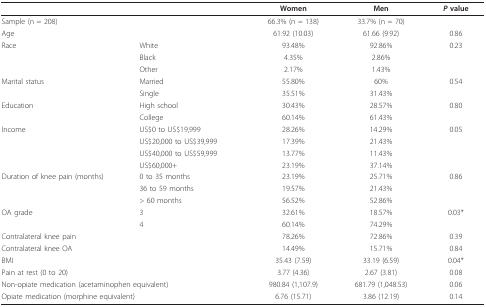
<table><thead><tr><td></td><td></td><td><b>Women</b></td><td><b>Men</b></td><td><b><i>P </i>value</b></td></tr></thead><tbody><tr><td colspan="2">Sample (n = 208)</td><td>66.3% (n = 138)</td><td>33.7% (n = 70)</td><td></td></tr><tr><td colspan="2">Age</td><td>61.92 (10.03)</td><td>61.66 (9.92)</td><td>0.86</td></tr><tr><td>Race</td><td>White</td><td>93.48%</td><td>92.86%</td><td>0.23</td></tr><tr><td></td><td>Black</td><td>4.35%</td><td>2.86%</td><td></td></tr><tr><td></td><td>Other</td><td>2.17%</td><td>1.43%</td><td></td></tr><tr><td>Marital status</td><td>Married</td><td>55.80%</td><td>60%</td><td>0.54</td></tr><tr><td></td><td>Single</td><td>35.51%</td><td>31.43%</td><td></td></tr><tr><td>Education</td><td>High school</td><td>30.43%</td><td>28.57%</td><td>0.80</td></tr><tr><td></td><td>College</td><td>60.14%</td><td>61.43%</td><td></td></tr><tr><td>Income</td><td>US$0 to US$19,999</td><td>28.26%</td><td>14.29%</td><td>0.05</td></tr><tr><td></td><td>US$20,000 to US$39,999</td><td>17.39%</td><td>21.43%</td><td></td></tr><tr><td></td><td>US$40,000 to US$59,999</td><td>13.77%</td><td>11.43%</td><td></td></tr><tr><td></td><td>US$60,000+</td><td>23.19%</td><td>37.14%</td><td></td></tr><tr><td>Duration of knee pain (months)</td><td>0 to 35 months</td><td>23.19%</td><td>25.71%</td><td>0.86</td></tr><tr><td></td><td>36 to 59 months</td><td>19.57%</td><td>21.43%</td><td></td></tr><tr><td></td><td>&gt; 60 months</td><td>56.52%</td><td>52.86%</td><td></td></tr><tr><td>OA grade</td><td>3</td><td>32.61%</td><td>18.57%</td><td>0.03*</td></tr><tr><td></td><td>4</td><td>60.14%</td><td>74.29%</td><td></td></tr><tr><td colspan="2">Contralateral knee pain</td><td>78.26%</td><td>72.86%</td><td>0.39</td></tr><tr><td colspan="2">Contralateral knee OA</td><td>14.49%</td><td>15.71%</td><td>0.84</td></tr><tr><td colspan="2">BMI</td><td>35.43 (7.59)</td><td>33.19 (6.59)</td><td>0.04*</td></tr><tr><td colspan="2">Pain at rest (0 to 20)</td><td>3.77 (4.36)</td><td>2.67 (3.81)</td><td>0.08</td></tr><tr><td colspan="2">Non-opiate medication (acetaminophen equivalent)</td><td>980.84 (1,107.9)</td><td>681.79 (1,048.53)</td><td>0.06</td></tr><tr><td colspan="2">Opiate medication (morphine equivalent)</td><td>6.76 (15.71)</td><td>3.86 (12.19)</td><td>0.14</td></tr></tbody></table>